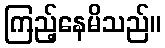
ကြည့်နေမိသည်။